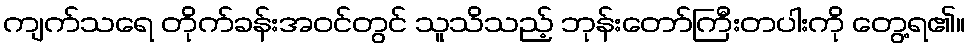
ကျက်သရေ တိုက်ခန်းအဝင်တွင် သူသိသည့် ဘုန်းတော်ကြီးတပါးကို တွေ့ရ၏။